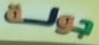
جولة